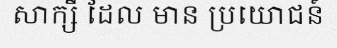
សាក្សី ដែល មាន ប្រយោជន៍